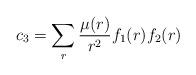
LaTeX: \begin{align*}c_3=\sum_r\frac{\mu(r)}{r^2}f_1(r)f_2(r)\end{align*}